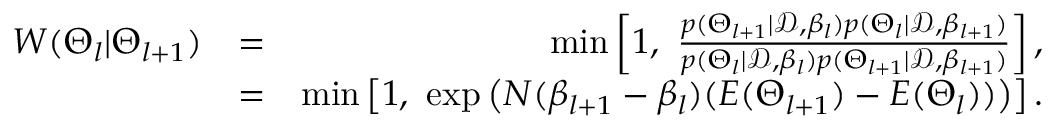
\begin{array} { r l r } { W ( \Theta _ { l } | \Theta _ { l + 1 } ) } & { = } & { \mathrm { m i n } \left[ 1 , \ \frac { p ( \Theta _ { l + 1 } | \mathcal { D } , \beta _ { l } ) p ( \Theta _ { l } | \mathcal { D } , \beta _ { l + 1 } ) } { p ( \Theta _ { l } | \mathcal { D } , \beta _ { l } ) p ( \Theta _ { l + 1 } | \mathcal { D } , \beta _ { l + 1 } ) } \right] , } \\ & { = } & { \mathrm { m i n } \left[ 1 , \ \exp \left( N ( \beta _ { l + 1 } - \beta _ { l } ) ( E ( \Theta _ { l + 1 } ) - E ( \Theta _ { l } ) ) \right) \right] . } \end{array}